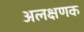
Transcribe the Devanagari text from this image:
अलक्षणक